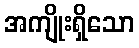
အကျိုးရှိသော